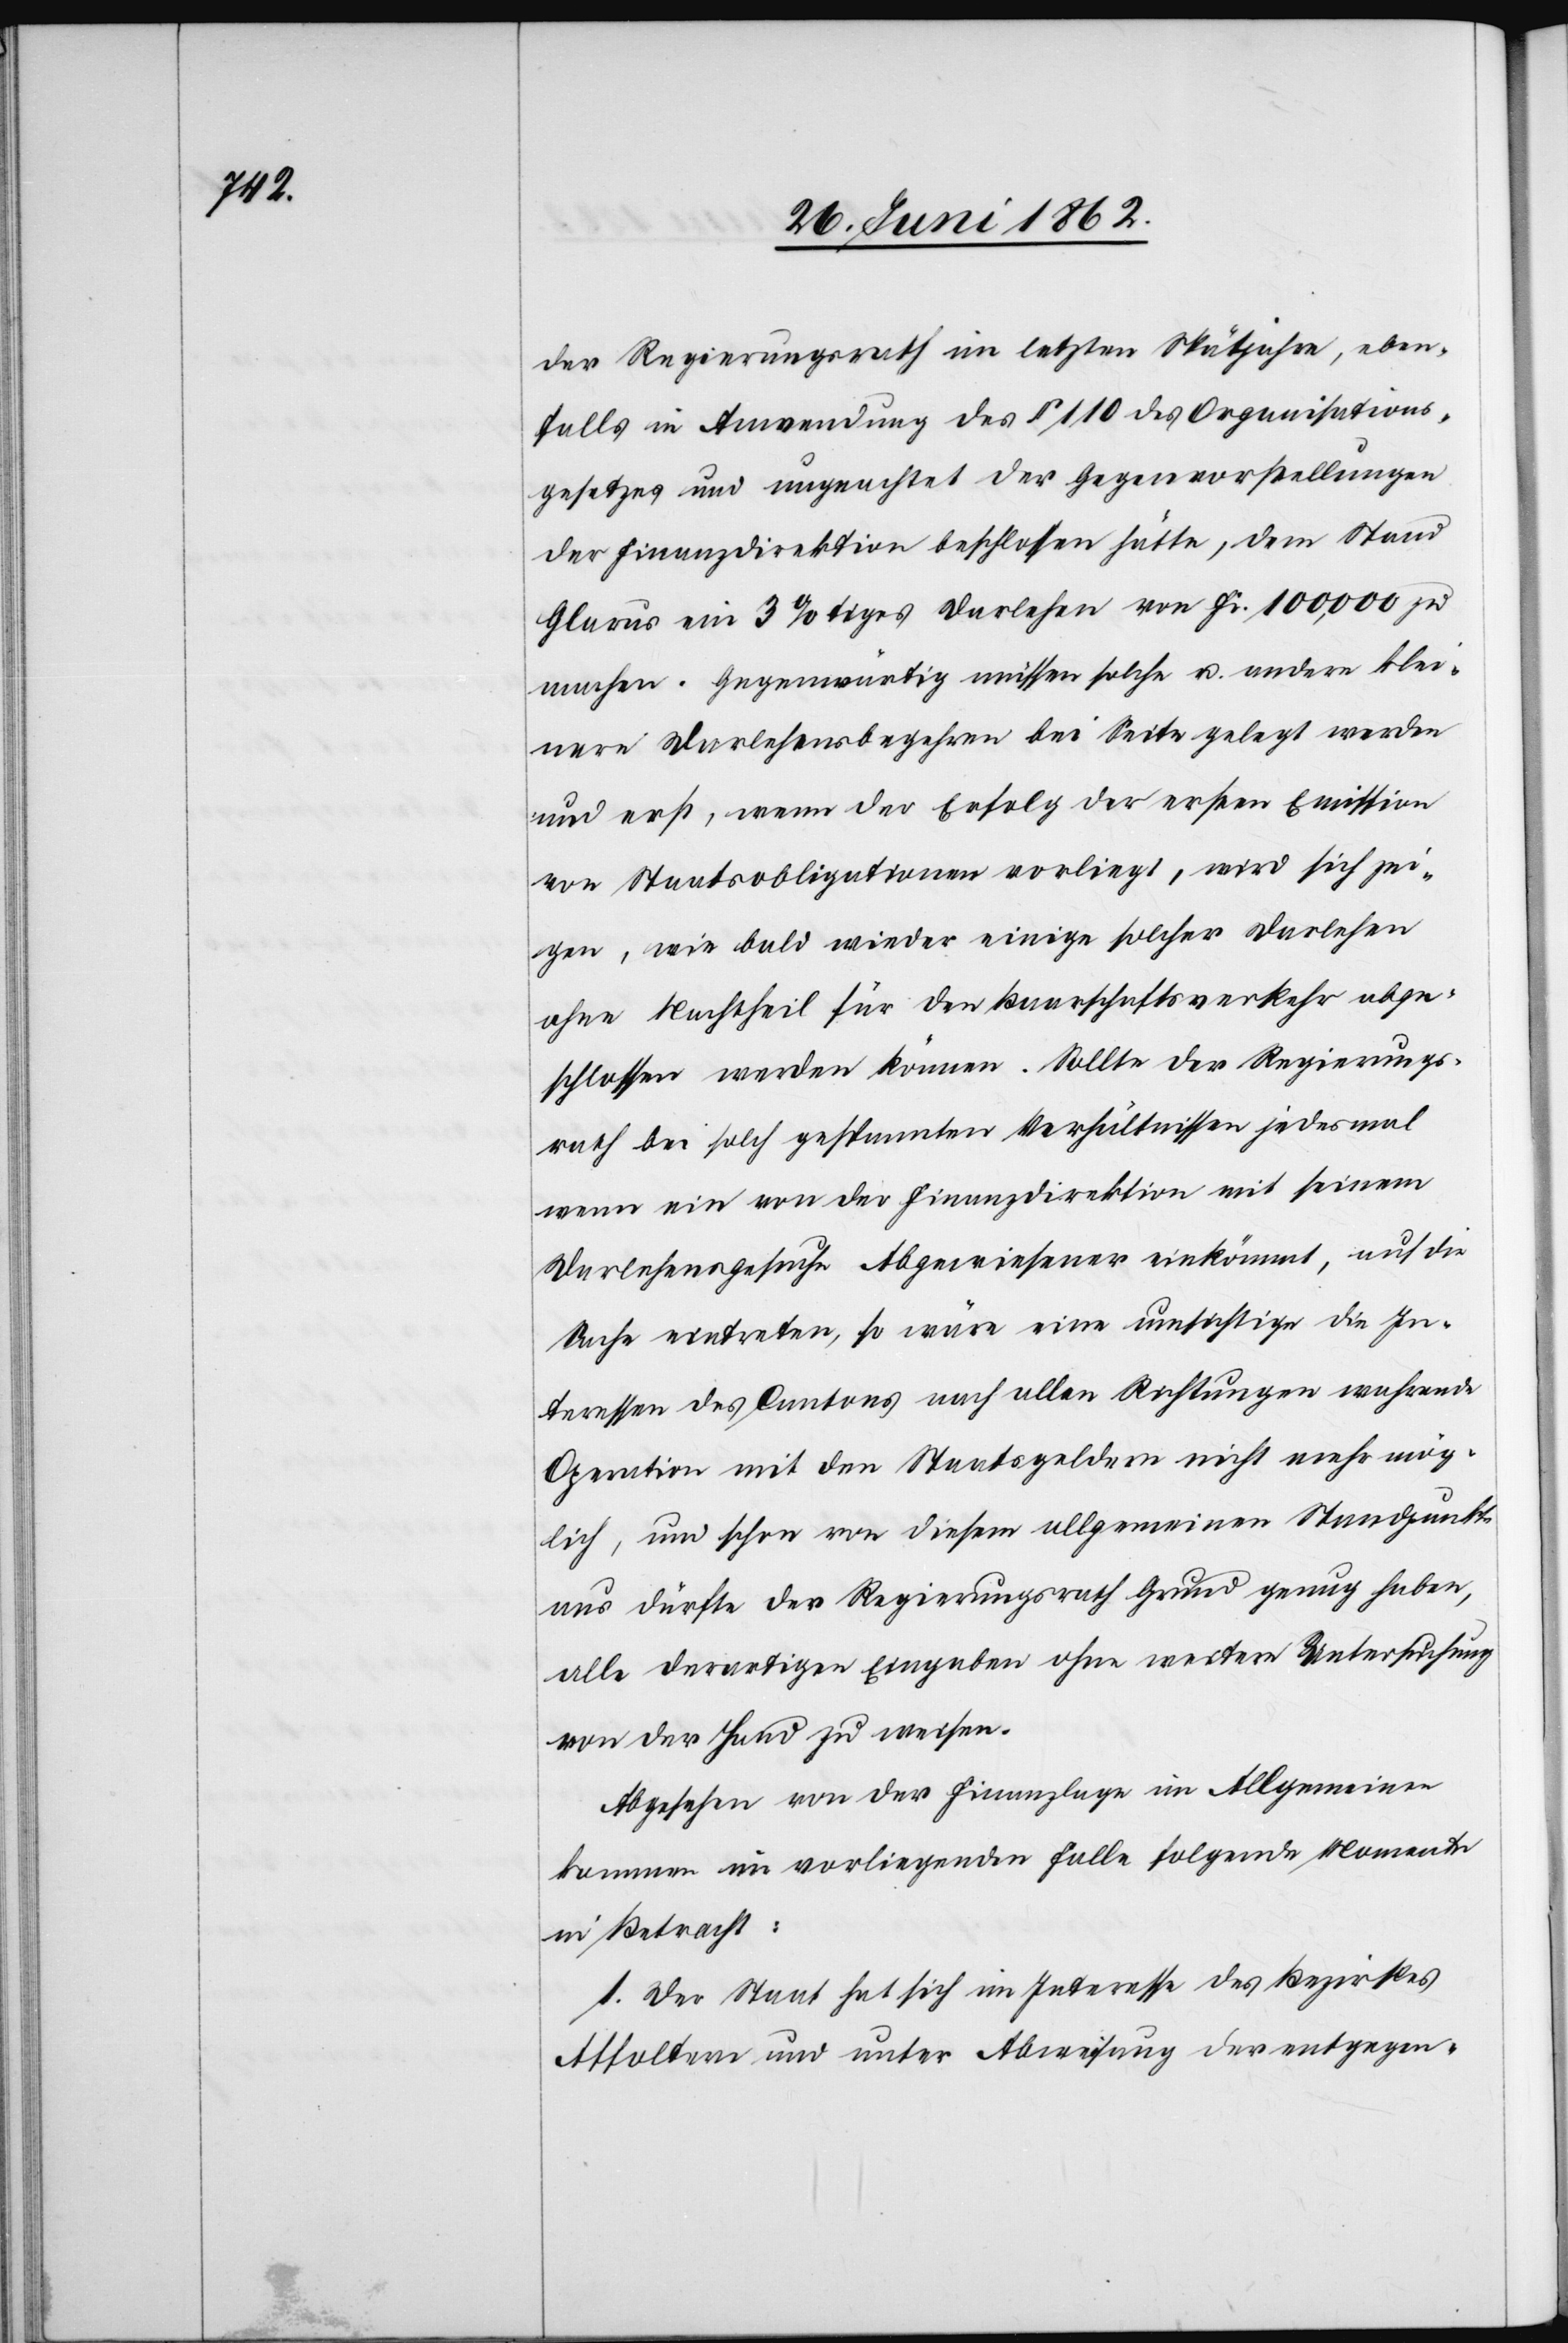
der Regierungsrath im letzten Späthjahre, eben¬
falls in Anwendung des § 110 des Organisations¬
gesetzes und ungeachtet der Gegenvorstellungen
der Finanzdirektion beschlossen hätte, dem Stand
Glarus ein 3%tiges Darlehen von Fr. 100,000 zu
machen. Gegenwärtig müssen solche u. andere klei¬
nere Darlehensbegehren bei Seite gelegt werden
und erst, wenn der Erfolg der ersten Emission
von Staatsobligationen vorliegt, wird sich zei¬
gen, wie bald wieder einige solcher Darlehen
ohne Nachtheil für den Baarschaftsverkehr abge¬
schlossen werden können. Sollte der Regierungs¬
rath bei solch gespannten Verhältnissen jedesmal
wenn ein von der Finanzdirektion mit seinem
Darlehensgesuche Abgewiesener einkömmt, auf die
Sache eintreten, so wäre eine umsichtige die In¬
teressen des Cantons nach allen Richtungen währende
Operation mit den Staatsgeldern nicht mehr mög¬
lich, um schon von diesem allgemeinen Standpunkte
aus dürfte der Regierungsrath Grund genug haben,
alle derartigen Eingaben ohne weitere Untersuchung
von der Hand zu weisen.
Abgesehen von der Finanzlage im Allgemeinen
kommen im vorliegenden Falle folgende Momente
in Betracht:
1. Der Staat hat sich im Interesse des Bezirkes
Affoltern und unter Abweisung der entgegen-